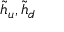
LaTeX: { \tilde { h } } _ { u } , { \tilde { h } } _ { d }